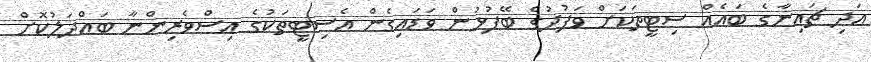
އަދި ޗައިނާގެ ބައެއް ސިޓީތަކަށް ވަފުދުގެ ބޭފުޅުން ވަޑައިގެން އެސިޓީތަކުގެ އިސްވެރިންނާ ބައްދަލުކޮށް